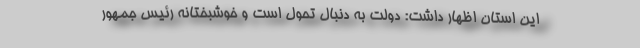
این استان اظهار داشت: دولت به دنبال تحول است و خوشبختانه رئیس جمهور